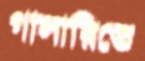
গালারিতে